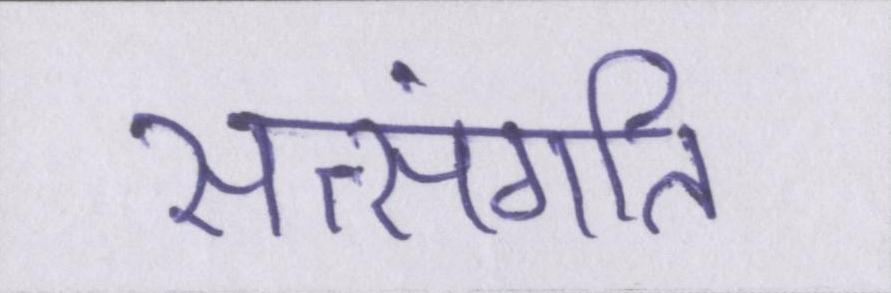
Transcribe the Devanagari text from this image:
सत्संगति